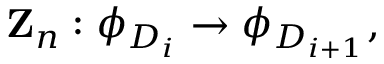
{ \bf Z } _ { n } : \phi _ { D _ { i } } \rightarrow \phi _ { D _ { i + 1 } } ,